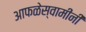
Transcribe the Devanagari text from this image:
आफळेस्वामींनी